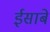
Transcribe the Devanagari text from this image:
ईसाबे